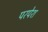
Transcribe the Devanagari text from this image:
परपेश